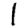
Digit: 1